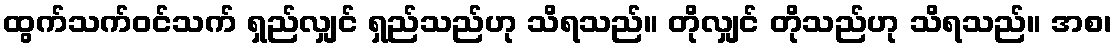
ထွက်သက်ဝင်သက် ရှည်လျှင် ရှည်သည်ဟု သိရသည်။ တိုလျှင် တိုသည်ဟု သိရသည်။ အစ၊